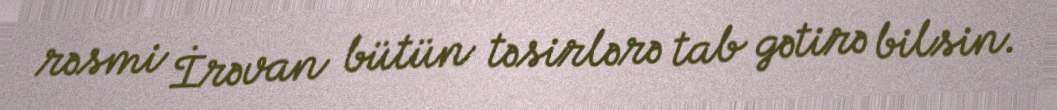
rəsmi İrəvan bütün təsirlərə tab gətirə bilsin.